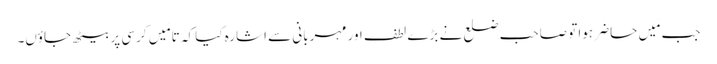
جب مَیں حاضر ہوا تو صاحب ضلع نے بڑے لطف اور مہربانی سے اشارہ کیا کہ تا مَیں کرسی پر بیٹھ جاؤں۔